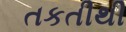
તકતીથી